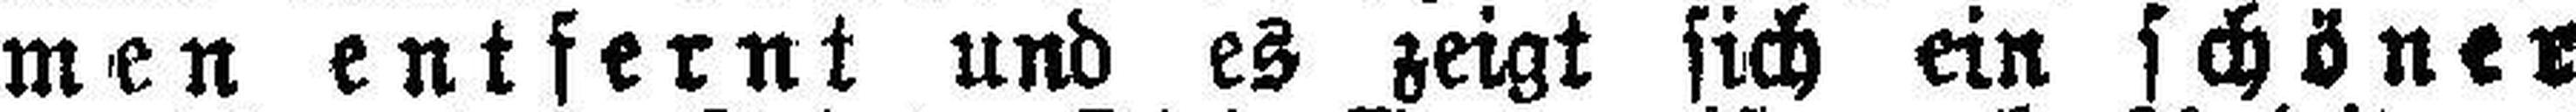
men entfernt und es zeigt sich ein schöner